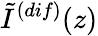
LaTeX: \tilde{I}^{(dif)}(z)